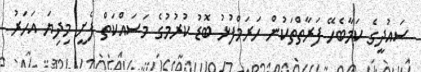
ސައުދީގެ ކަމާބެހޭ ފަރާތްތަކުން ހަރަމްފުޅު ބޮޑު ކުރުމުގެ މަސައްކަތް ފެށީ މިދިޔަ އަހަރު